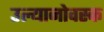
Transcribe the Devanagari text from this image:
उल्यानोवस्क